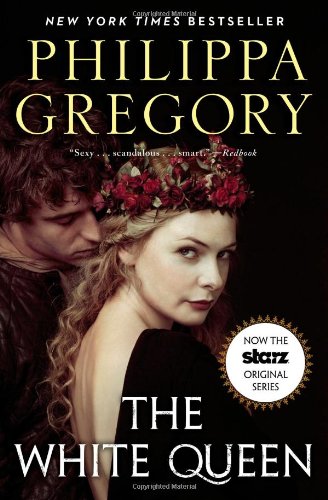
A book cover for The White Queen (The Cousins' War); Philippa Gregory; Romance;